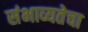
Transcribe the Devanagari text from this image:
संभाव्यतेचा